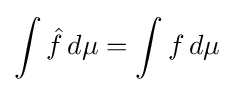
\int {\hat {f}}\,d\mu =\int f\,d\mu